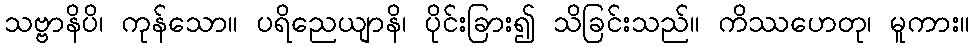
သဗ္ဗာနိပိ၊ ကုန်သော။ ပရိညေယျာနိ၊ ပိုင်းခြား၍ သိခြင်းသည်။ ကိဿဟေတု၊ မူကား။